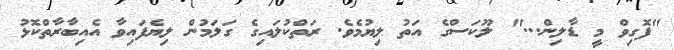
"ފޮގިވް މީ ޑާލިން..." ލޫކަސްގެ އަތު ލިޔުމެވެ. ރަތްކުލައިގެ ގަލަމުން ލިޔެފައިވާ އެއިބާރާތްކޮޅު